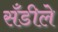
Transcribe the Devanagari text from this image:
सँडीले